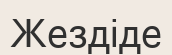
Жездіде